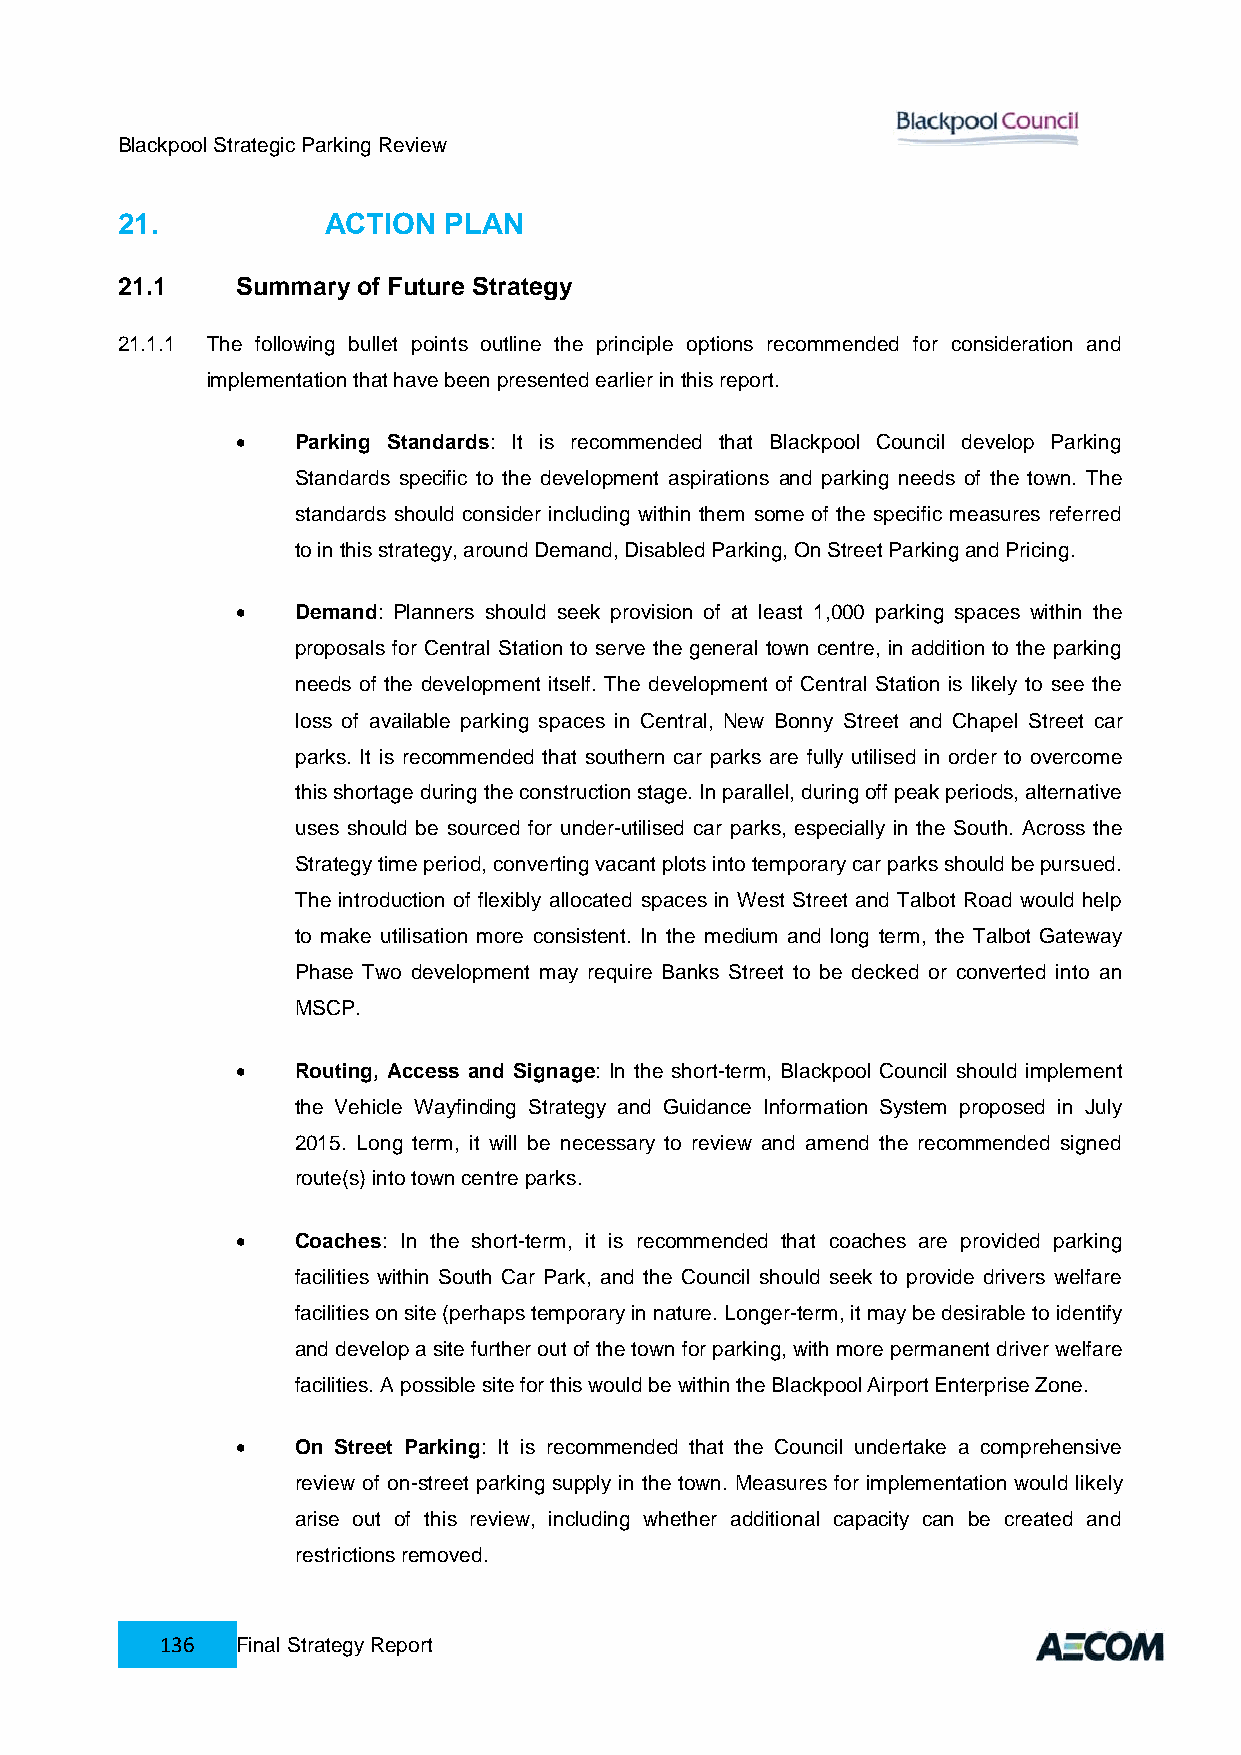
Blackpool Strategic Parking Review
 21.           ACTION PLAN
 21.1    Summary of Future Strategy
 21.1.1 The following bullet points outline the principle options recommended for consideration and
 implementation that have been presented earlier in this report.
    Parking Standards: It is recommended that Blackpool Council develop Parking
 Standards specific to the development aspirations and parking needs of the town. The
 standards should consider including within them some of the specific measures referred
 to in this strategy, around Demand, Disabled Parking, On Street Parking and Pricing.
    Demand: Planners should seek provision of at least 1,000 parking spaces within the
 proposals for Central Station to serve the general town centre, in addition to the parking
 needs of the development itself. The development of Central Station is likely to see the
 loss of available parking spaces in Central, New Bonny Street and Chapel Street car
 parks. It is recommended that southern car parks are fully utilised in order to overcome
 this shortage during the construction stage. In parallel, during off peak periods, alternative
 uses should be sourced for under-utilised car parks, especially in the South. Across the
 Strategy time period, converting vacant plots into temporary car parks should be pursued.
 The introduction of flexibly allocated spaces in West Street and Talbot Road would help
 to make utilisation more consistent. In the medium and long term, the Talbot Gateway
 Phase Two development may require Banks Street to be decked or converted into an
 MSCP.
    Routing, Access and Signage: In the short-term, Blackpool Council should implement
 the Vehicle Wayfinding Strategy and Guidance Information System proposed in July
 2015. Long term, it will be necessary to review and amend the recommended signed
 route(s) into town centre parks.
    Coaches: In the short-term, it is recommended that coaches are provided parking
 facilities within South Car Park, and the Council should seek to provide drivers welfare
 facilities on site (perhaps temporary in nature. Longer-term, it may be desirable to identify
 and develop a site further out of the town for parking, with more permanent driver welfare
 facilities. A possible site for this would be within the Blackpool Airport Enterprise Zone.
    On Street Parking: It is recommended that the Council undertake a comprehensive
 review of on-street parking supply in the town. Measures for implementation would likely
 arise out of this review, including whether additional capacity can be created and
 restrictions removed.
 136  Final Strategy Report